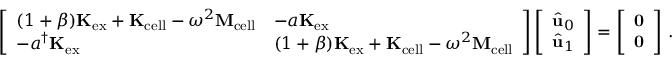
\left[ \begin{array} { l l } { ( 1 + \beta ) \mathbf { K } _ { \mathrm { e x } } + \mathbf { K } _ { \mathrm { c e l l } } - \omega ^ { 2 } \mathbf { M } _ { \mathrm { c e l l } } } & { - a \mathbf { K } _ { \mathrm { e x } } } \\ { - a ^ { \dagger } \mathbf { K } _ { \mathrm { e x } } } & { ( 1 + \beta ) \mathbf { K } _ { \mathrm { e x } } + \mathbf { K } _ { \mathrm { c e l l } } - \omega ^ { 2 } \mathbf { M } _ { \mathrm { c e l l } } } \end{array} \right] \left[ \begin{array} { l } { \hat { \mathbf { u } } _ { 0 } } \\ { \hat { \mathbf { u } } _ { 1 } } \end{array} \right] = \left[ \begin{array} { l } { \mathbf { 0 } } \\ { \mathbf { 0 } } \end{array} \right] \, .